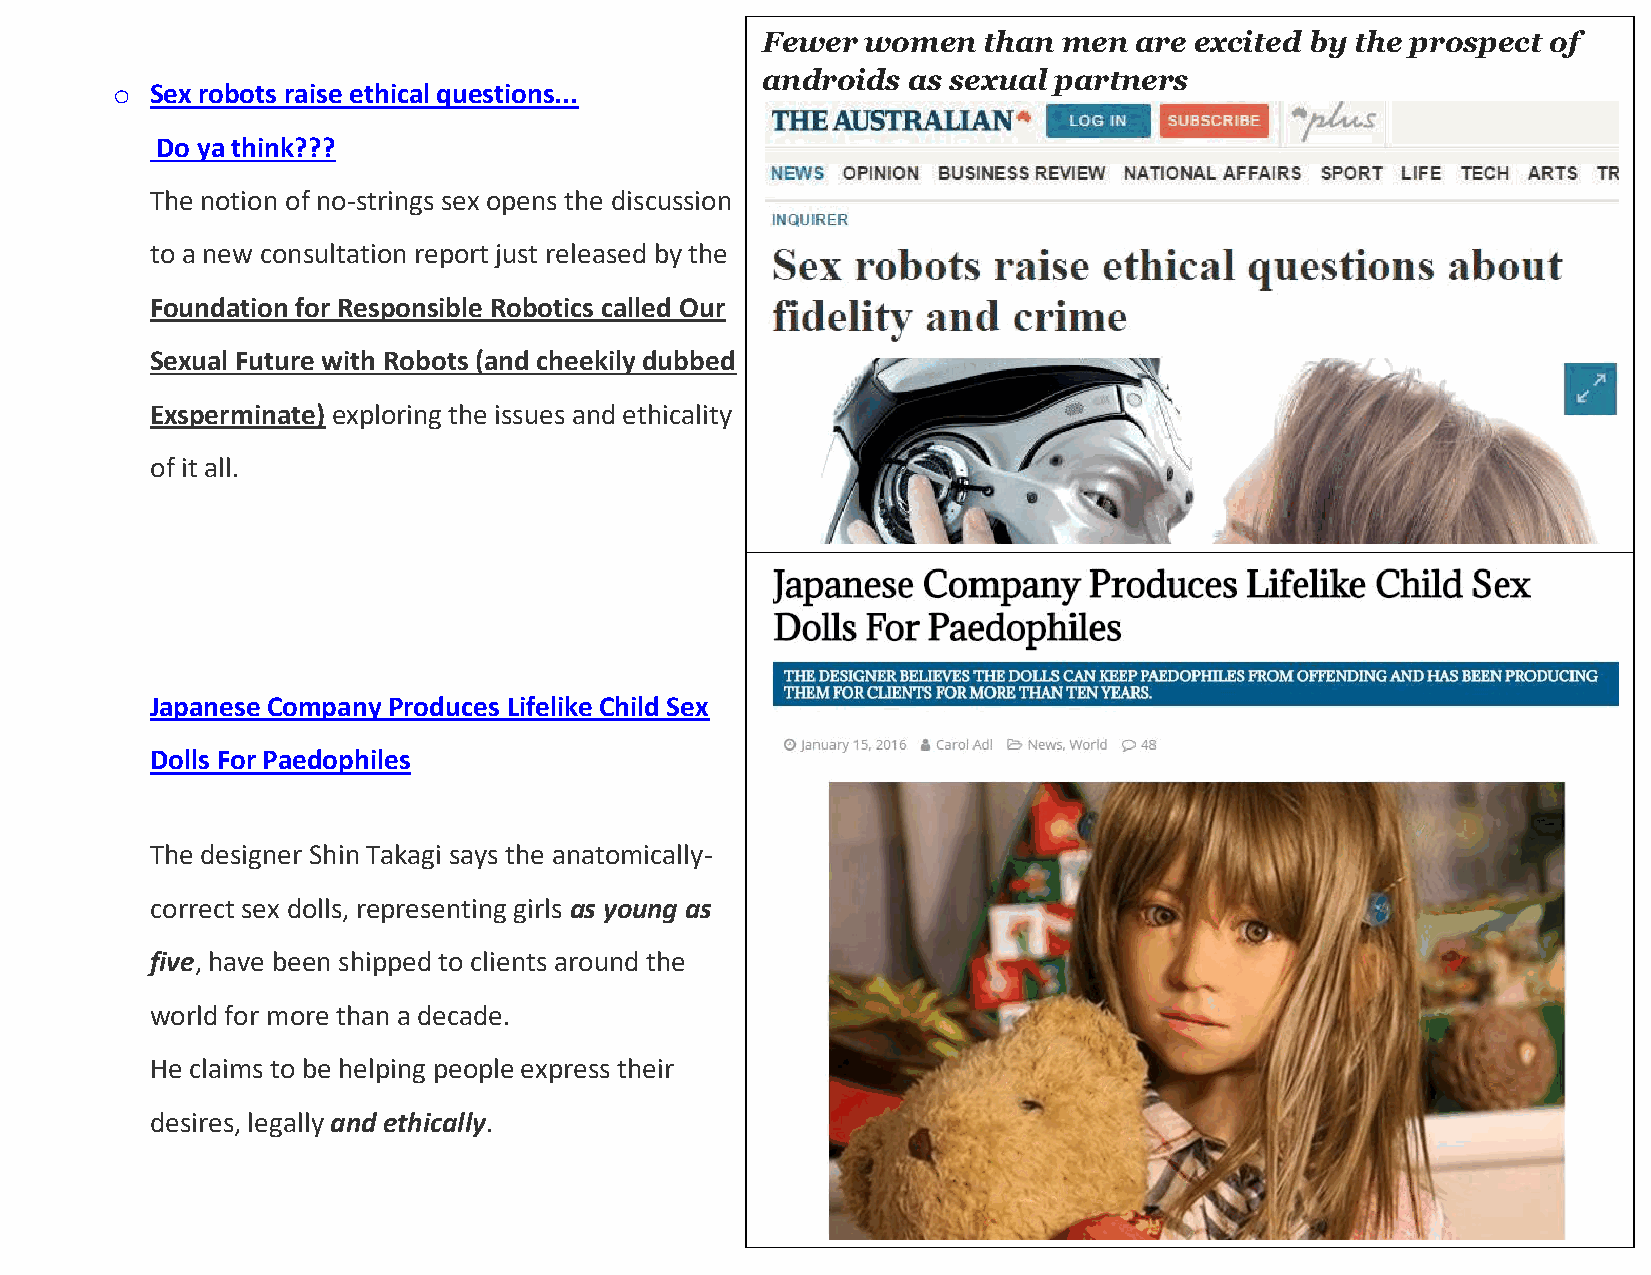
Fewer  women   than men  are excited by the prospect of
 androids  as sexual partners
 o  Sex robots raise ethical questions...
 Do ya think???
 The notion of no-strings sex opens the discussion
 to a new consultation report just released by the
 Foundation for Responsible Robotics called Our
 Sexual Future with Robots (and cheekily dubbed
 Exsperminate) exploring the issues and ethicality
 of it all.
 Japanese Company Produces Lifelike Child Sex
 Dolls For Paedophiles
 The designer Shin Takagi says the anatomically-
 correct sex dolls, representing girls as young as
 five, have been shipped to clients around the
 world for more than a decade.
 He claims to be helping people express their
 desires, legally and ethically.